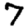
Digit: 7